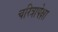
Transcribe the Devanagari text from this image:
चरित्रापेक्षा